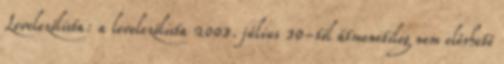
Levelezőlista: a levelezőlista 2003. július 30-tól átmenetileg nem elérhető